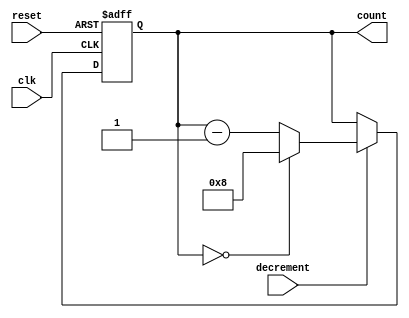
module decremental_counter #(
    parameter MAX_COUNT = 8  // Maximum count value (0 to MAX_COUNT)
)(
    input wire clk,              // Clock signal
    input wire reset,            // Asynchronous reset signal
    input wire decrement,         // Control signal to trigger decrement
    output reg [clog2(MAX_COUNT):0] count // Current value of the counter
);

// Function to calculate the number of bits required to represent the count
function integer clog2(input integer value);
    begin
        value = value - 1;
        for (clog2=0; value>0; clog2=clog2+1)
            value = value >> 1;
    end
endfunction

// Initial count value set to MAX_COUNT
initial begin
    count = MAX_COUNT;
end

// Handling counter logic
always @(posedge clk or posedge reset) begin
    if (reset) begin
        // Reset to maximum value
        count <= MAX_COUNT;
    end else if (decrement) begin
        // Decrement counter with wrap-around
        if (count == 0) begin
            count <= MAX_COUNT; // Wrap around to maximum
        end else begin
            count <= count - 1; // Decrement counter
        end
    end
end

endmodule